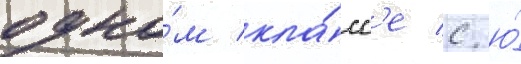
одно́м кла́сс'е с ю́